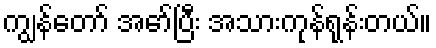
ကျွန်တော် အော်ပြီး အသားကုန်ရုန်းတယ်။